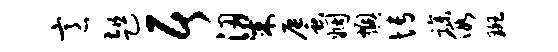
意趄居梁蜃姻燠博躁假斑